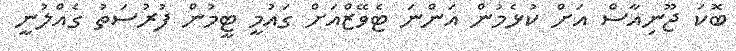
ބޮކަ ޖޫނިއާސް އަށް ކުޅެމުން އަންނަ ޓެވޭޒްއަށް ގައުމީ ޓީމުން ފުރުސަތު ގެއްލުނީ